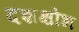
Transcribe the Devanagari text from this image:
दशक्षोभ